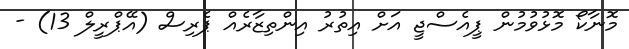
މޮނާކޯ މޮޅުވުމުން ޕީއެސްޖީ އަށް އިތުރު އިންތިޒާރެއް ޕެރިސް (އޭޕްރީލް 13) -